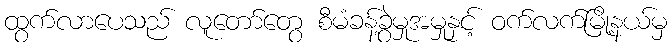
ထွက်လာပေသည် လူတော်တွေ စီမံခန့်ခွဲမှုအမှုနှင့် ဝက်လက်မြို့နယ်မှ